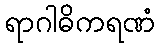
ရာဂါဓိကရဏံ